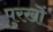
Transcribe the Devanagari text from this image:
पुरखॊं